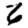
Digit: 6